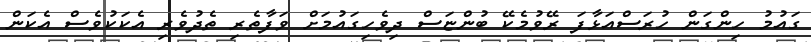
ގައުމު ހިންގަން ހުރަސްއަޅާފަ ރޭވުމެކޭ ބުންޏަސް ދިވެހިގައުމަށް ވަފާތެރި ތެދުވެރި އެކަކުވެސް އެކަން